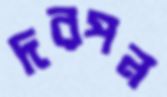
দরপন